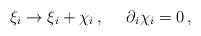
LaTeX: \begin{align*}\xi_{i} \to \xi_{i}+\chi_{i} \, , \, \, \, \, \, \, \, \, \partial_{i}\chi_{i}=0 \, ,\end{align*}